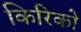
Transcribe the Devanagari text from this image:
किरिको